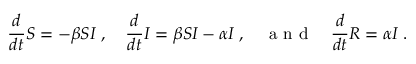
\frac { d } { d t } S = - \beta S I \; , \quad \frac { d } { d t } I = \beta S I - \alpha I \; , \quad \textrm { a n d } \quad \frac { d } { d t } R = \alpha I \; .